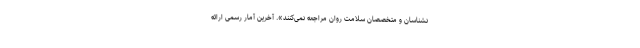
نشناسان و متخصصان سلامت روان مراجعه نمی‌کنند». آخرین آمار رسمی ارائه